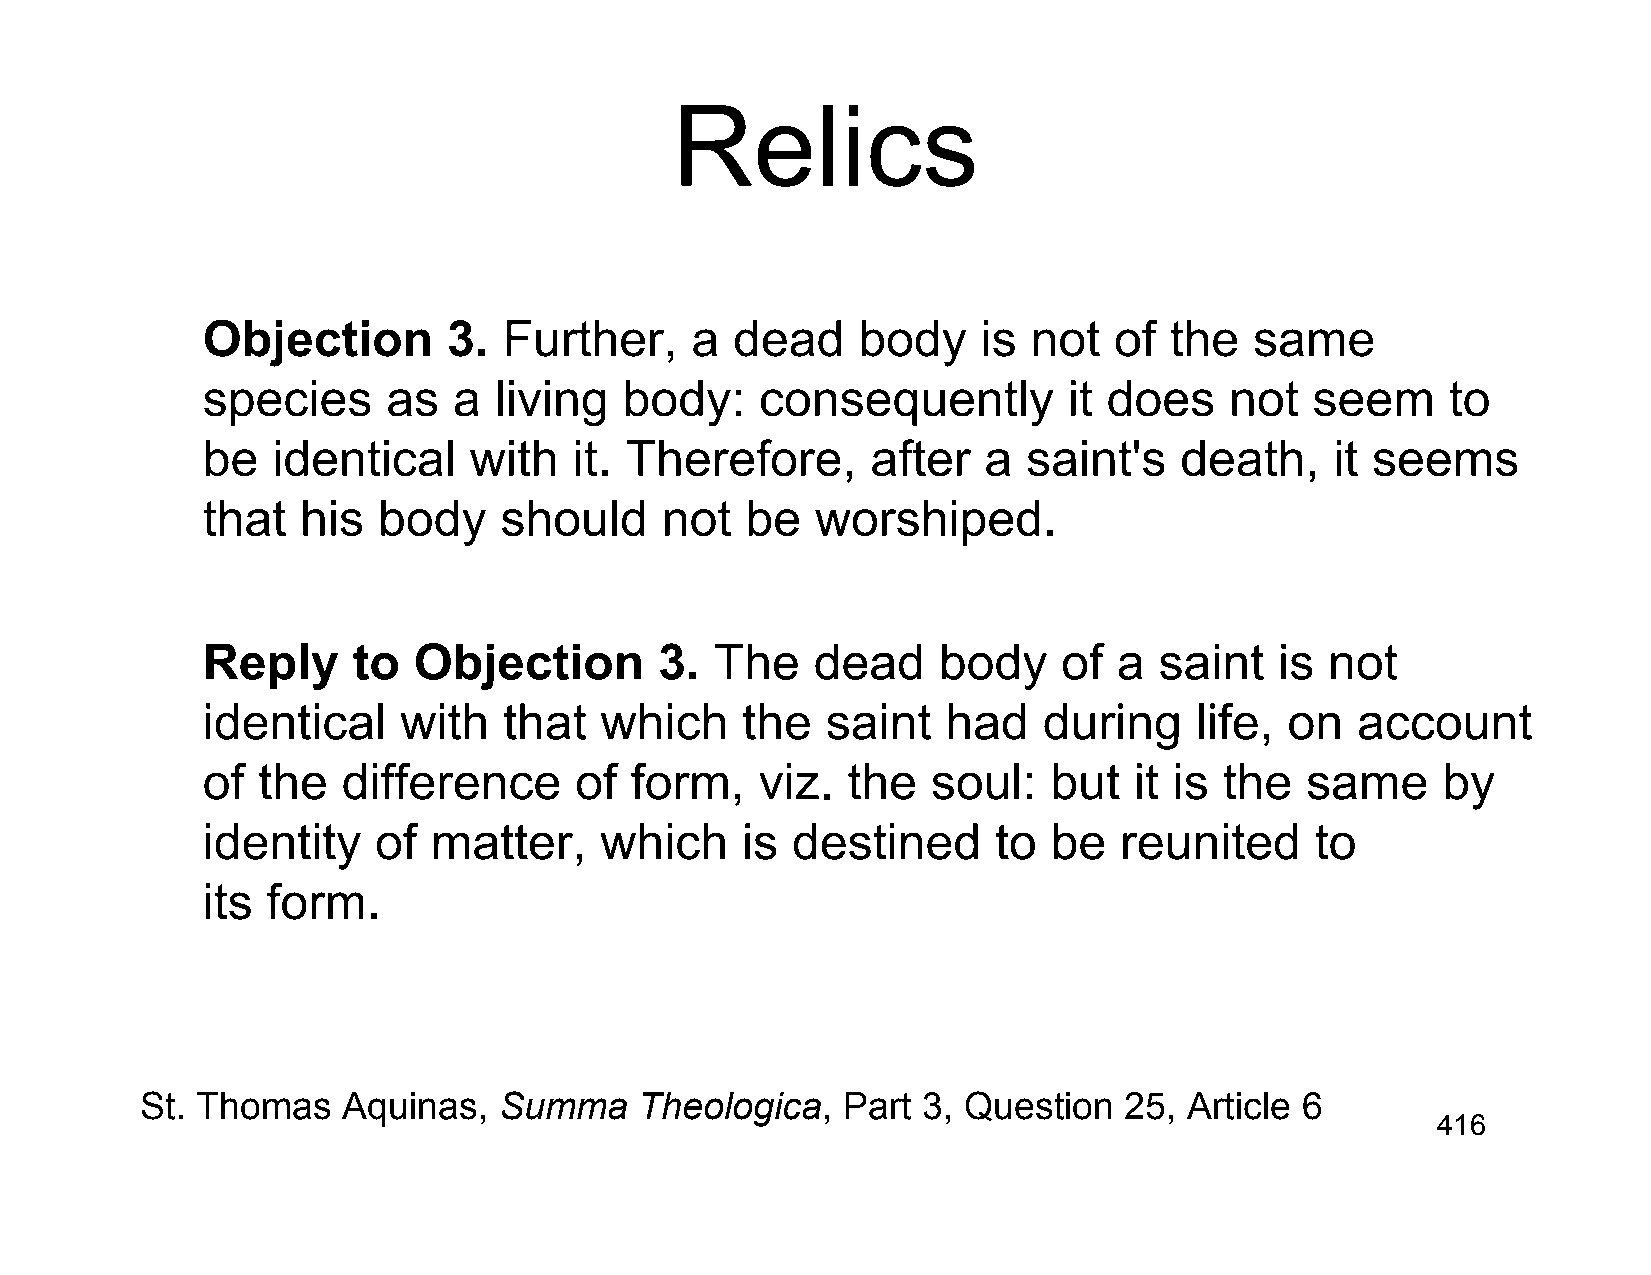
Relics
 Objection        3. Further,     a  dead    body    is not   of the   same
 species      as  a  living  body:    consequently         it does   not   seem     to
 be   identical    with   it. Therefore,      after  a  saint's   death,    it seems
 that   his  body    should     not  be   worshiped.
 Reply     to  Objection        3. The    dead    body    of  a  saint   is not
 identical    with   that   which    the   saint   had   during    life, on   account
 of  the   difference     of  form,   viz.  the   soul:   but  it is the  same     by
 identity    of  matter,    which    is destined      to  be  reunited     to
 its  form.
 St. Thomas    Aquinas,  Summa    Theologica,   Part 3, Question  25,  Article 6
 416